Papers set at the Examination for Leaving Certificates, 1890
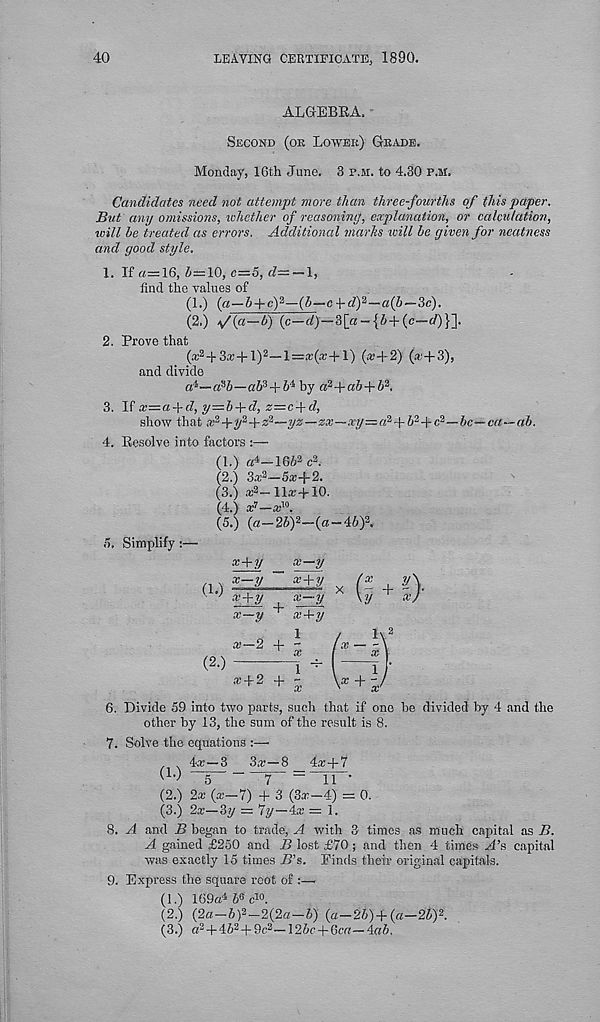
40
LEAVING CERTIFICATE) 1890.
ALGEBRA.
Second (oe Lower) Geade.
Monday, IGth June. 3 p.si. to 4.30 p.m.
Candidates need not attempt more than three-fourths of this paper.
But any omissions, whether of reasoning, explanation, or calculation,
toill be treated as errors. Additional marks will be given for neatness
and good style.
\.lia=l6,b=l0,c-5,d-~\,
find the values of
(1.) («—& + c) 2 —(i—c+-<^) 2 —3c).
(2.) >f{a—b) (c—c/)—3[a-{6+(e—■</)}].
2. Prove that
(a 2 -)- 3a;+1) 2 —l=aj(a; +1) («+2) (a+3),
and divide
a^—aPb—alA + W by a 2 -f«&+6 2 .
3.
x=a-\-d, y = b-\-d, z=c-\-d,
show that x 2 -\-y i +z i —yz—zx—.Ty=« 2 -f 6 2 +c 2 —be—ca—ab.
4. Resolve into factors :—
(1.) a 4 —166 2 c 2 .
(2.) 3a 3~o x+2.
(3.) a; 2 — 11a;J-10.
(4.) a: 7 —a; 10 .
(5.) {a-2b) 2 -{a-4:b)\
m Simplify :—
x+y
x—y
d
" x +y
' ’ x+ y
x~y
x—y + x+y
(2.)
a.’—2 + -
' x
* + 2 + - x
6. Divide 59 into two parts, such that if one he divided by 4 and the
other by 13, the sum of the result is 8.
7. Solve the equations :—•
N 4a: —3 3a:—8 4a; + 7
1 ’) ~J~
7 = 11 ’
(2.) 2a; (a:—7) + 3 (3a:-4) = 0.
(3.) 2a:—3y = 7y-4x = 1.
8. A and B began to trade, A with 3 times as much capital as B.
A gained £250 and i> lost £70 ; and then 4 times A’s capital
was exactly 15 times B’s. Finds their original capitals.
9. Express the square root of :—.
(1.) 169a 4 b 6 e 10 .
(2.) (2a-b) 2 -2(2a-b) ( a -2b)+(a-2b) 2 .
(3.) a 2 +45 2 +9c 2 — 126c + 6ca— 4ab.